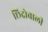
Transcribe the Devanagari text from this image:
छिद्रोवाली